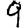
Digit: 9